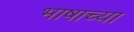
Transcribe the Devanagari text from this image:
भाषाच्या